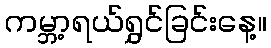
ကမ္ဘာ့ရယ်ရွှင်ခြင်းနေ့။